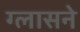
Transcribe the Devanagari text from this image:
ग्लासने